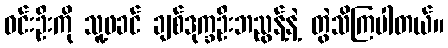
ဝင်းဦးကို သူ့ဖခင် ချစ်ဒုက္ခဦးဘညွန့်နဲ့ တွဲသိကြပါတယ်။